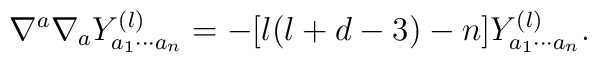
\nabla^a \nabla_a Y^{(l)}_{a_1 \cdots a_n} = -[l(l+d-3)-n] Y^{(l)}_{a_1 \cdots a_n}.